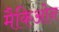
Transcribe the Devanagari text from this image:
मैकिओन